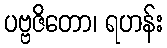
ပဗ္ဗဇိတော၊ ရဟန်း